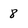
Character: 8